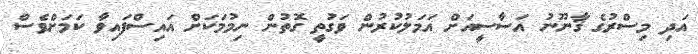
އަދި މިސްރުގެ ޤާނޫނު އަސާސީއަށް އަމަލުކުރުން ވަގުތީ ގޮތުން ނިމުމަކަށް އައިސްފައިވާ ކަމަށްވެސް